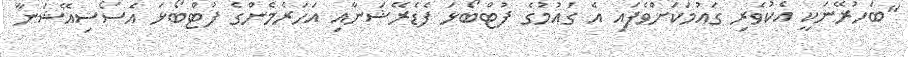
"ބަހުރޭނަކީ އެކުވެރި ގައުމަކަށްވެފައި އެ ގައުމުގެ ފުޓްބޯޅަ ފެޑެރޭޝަނާއި އަހަރެމެންގެ ފުޓްބޯޅަ އެސޯސިއޭޝަނާ